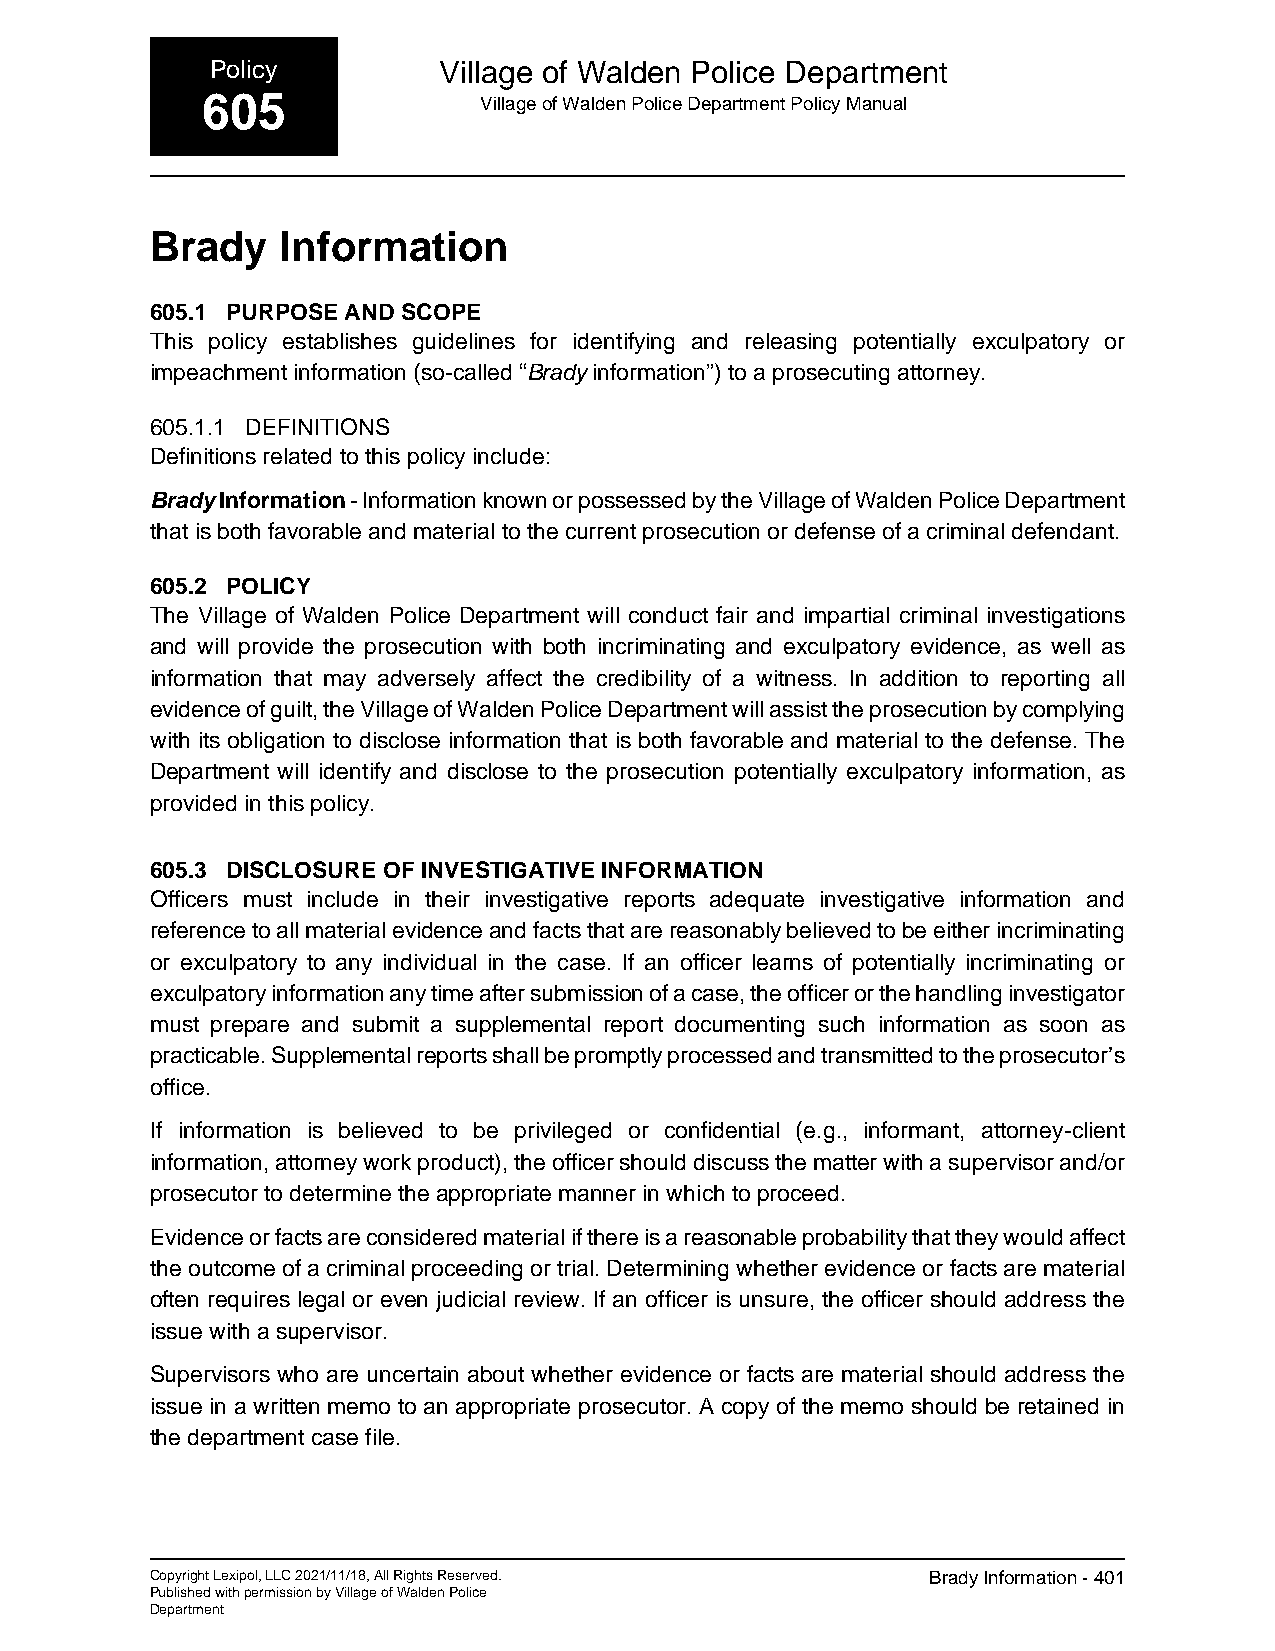
Policy         Village of Walden Police Department
 605                Village of Walden Police Department Policy Manual
 Brady    Information
 605.1 PURPOSE AND SCOPE
 This policy establishes guidelines for identifying and releasing potentially exculpatory or
 impeachment information (so-called “Brady information”) to a prosecuting attorney.
 605.1.1 DEFINITIONS
 Definitions related to this policy include:
 Brady Information - Information known or possessed by the Village of Walden Police Department
 that is both favorable and material to the current prosecution or defense of a criminal defendant.
 605.2 POLICY
 The Village of Walden Police Department will conduct fair and impartial criminal investigations
 and will provide the prosecution with both incriminating and exculpatory evidence, as well as
 information that may adversely affect the credibility of a witness. In addition to reporting all
 evidence of guilt, the Village of Walden Police Department will assist the prosecution by complying
 with its obligation to disclose information that is both favorable and material to the defense. The
 Department will identify and disclose to the prosecution potentially exculpatory information, as
 provided in this policy.
 605.3 DISCLOSURE OF INVESTIGATIVE INFORMATION
 Officers must include in their investigative reports adequate investigative information and
 reference to all material evidence and facts that are reasonably believed to be either incriminating
 or exculpatory to any individual in the case. If an officer learns of potentially incriminating or
 exculpatory information any time after submission of a case, the officer or the handling investigator
 must prepare and submit a supplemental report documenting such information as soon as
 practicable. Supplemental reports shall be promptly processed and transmitted to the prosecutor’s
 office.
 If information is believed to be privileged or confidential (e.g., informant, attorney-client
 information, attorney work product), the officer should discuss the matter with a supervisor and/or
 prosecutor to determine the appropriate manner in which to proceed.
 Evidence or facts are considered material if there is a reasonable probability that they would affect
 the outcome of a criminal proceeding or trial. Determining whether evidence or facts are material
 often requires legal or even judicial review. If an officer is unsure, the officer should address the
 issue with a supervisor.
 Supervisors who are uncertain about whether evidence or facts are material should address the
 issue in a written memo to an appropriate prosecutor. A copy of the memo should be retained in
 the department case file.
 Copyright Lexipol, LLC 2021/11/18, All Rights Reserved. Brady Information - 401
 Published with permission by Village of Walden Police
 Department